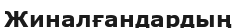
Жиналғандардың